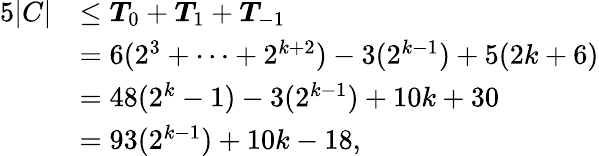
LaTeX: \begin{array}{rl}{5|C|}&{\le{\boldsymbol{T}}_{0}+{\boldsymbol{T}}_{1}+{\boldsymbol{T}}_{-1}}\\ &{=6(2^{3}+\cdots+2^{k+2})-3(2^{k-1})+5(2k+6)}\\ &{=48(2^{k}-1)-3(2^{k-1})+10k+30}\\ &{=93(2^{k-1})+10k-18,}\end{array}